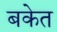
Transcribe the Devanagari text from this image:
बकेत